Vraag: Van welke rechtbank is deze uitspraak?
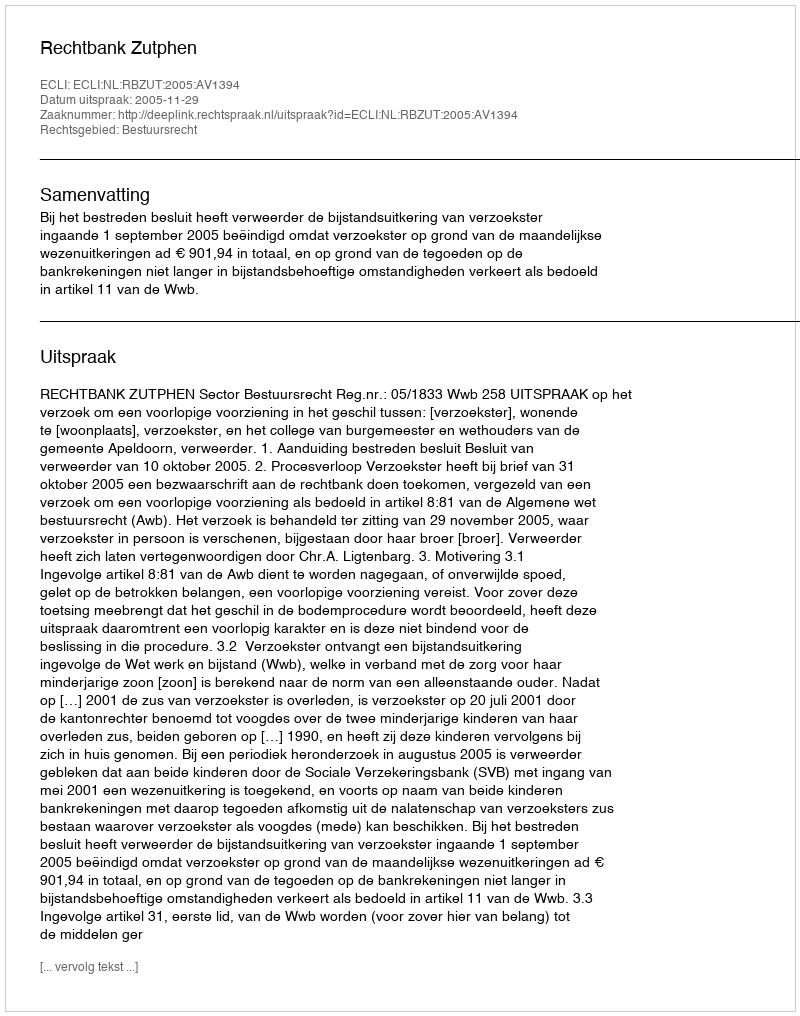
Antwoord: Rechtbank Zutphen